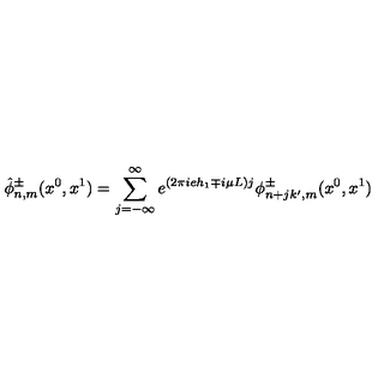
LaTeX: \hat { \phi } _ { n , m } ^ { \pm } ( x ^ { 0 } , x ^ { 1 } ) = \sum _ { j = - \infty } ^ { \infty } e ^ { ( 2 \pi i e h _ { 1 } \mp i \mu L ) j } \phi _ { n + j k ^ { \prime } , m } ^ { \pm } ( x ^ { 0 } , x ^ { 1 } )